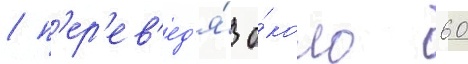
/ п'ер'ев'ед'я́ о́коло 60